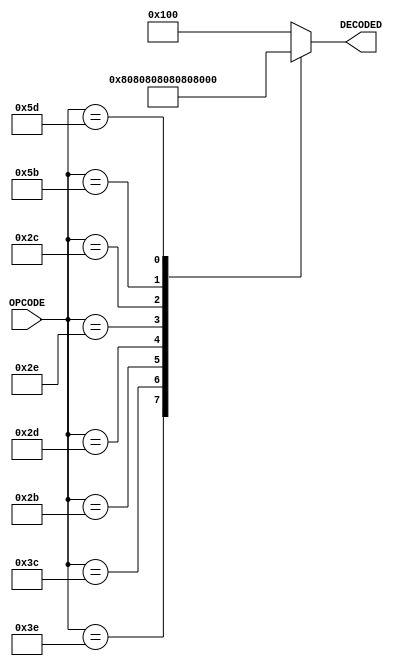
module InstructionDecoder (
    input [7:0] OPCODE,
    output reg [8:0] DECODED
    );

	always @(OPCODE)
		case(OPCODE)
		8'h3E:   DECODED <= 9'b0_0000_0001;
		8'h3C:   DECODED <= 9'b0_0000_0010;
		8'h2B:   DECODED <= 9'b0_0000_0100;
		8'h2D:   DECODED <= 9'b0_0000_1000;
		8'h2E:   DECODED <= 9'b0_0001_0000;
		8'h2C:   DECODED <= 9'b0_0010_0000;
		8'h5B:   DECODED <= 9'b0_0100_0000;
		8'h5D:   DECODED <= 9'b0_1000_0000;
		default: DECODED <= 9'b1_0000_0000;
		endcase

endmodule